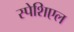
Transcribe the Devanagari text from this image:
स्पेशिएल